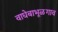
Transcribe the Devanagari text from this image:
वाघेबाभूळगाव